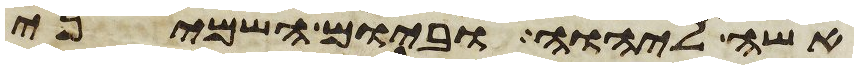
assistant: אשה ליהוה וביום השמיני